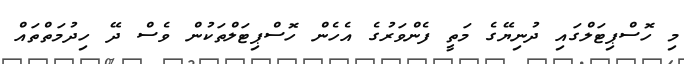
މި ހޮސްޕިޓަލްގައި ދުނިޔޭގެ މަތީ ފެންވަރުގެ އެހެން ހޮސްޕިޓަލްތަކުން ވެސް ދޭ ހިދުމަތްތައް